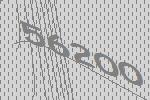
56200